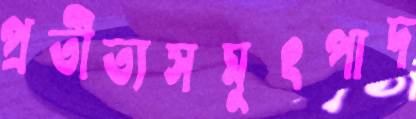
প্রতীত্যসমুৎপাদ